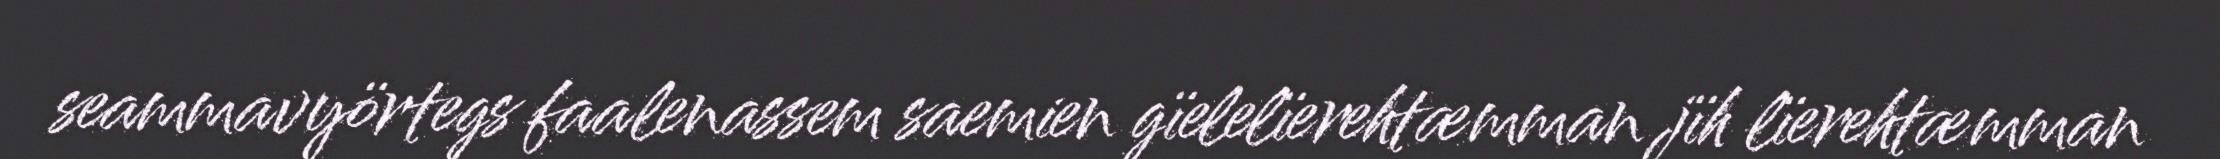
seammavyörtegs faalenassem saemien gïelelïerehtæmman jïh lïerehtæmman